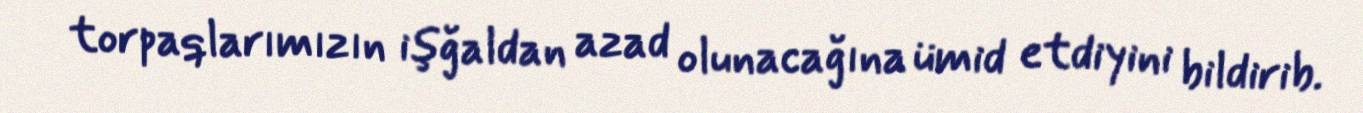
torpaqlarımızın işğaldan azad olunacağına ümid etdiyini bildirib.